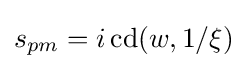
s_{pm}=i\,\mathrm {cd} (w,1/\xi )